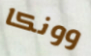
وونكا